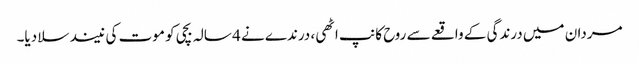
مردان میں درندگی کے واقعے سے روح کانپ اٹھی، درندے نے 4 سالہ بچی کو موت کی نیند سلا دیا۔